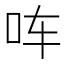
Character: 𪠳